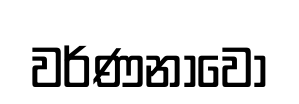
වර්ණනාවෝ